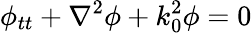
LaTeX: \phi_{tt}+\nabla^{2}\phi+k_{0}^{2}\phi=0